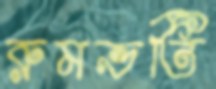
রুমভর্তি